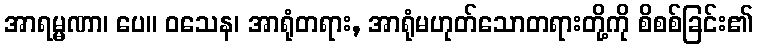
အာရမ္မဏာ၊ ပေ။ ဝသေန၊ အာရုံတရား, အာရုံမဟုတ်သောတရားတို့ကို စိစစ်ခြင်း၏